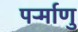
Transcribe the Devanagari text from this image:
पर्र्माणु